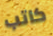
كاتب